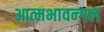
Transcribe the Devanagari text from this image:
आत्मभावन्गल